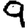
Digit: 9